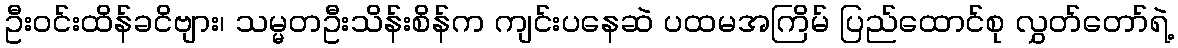
ဦးဝင်းထိန်ခငိဗျား၊ သမ္မတဦးသိန်းစိန်က ကျင်းပနေဆဲ ပထမအကြိမ် ပြည်ထောင်စု လွှတ်တော်ရဲ့